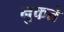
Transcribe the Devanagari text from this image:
नुकते